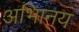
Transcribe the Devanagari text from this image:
अभािनय